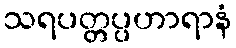
သရပတ္တပ္ပဟာရာနံ